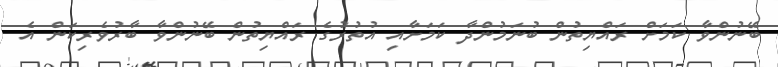
ބޭނުންވާ ކަމަށް ރައްޔިތުން ބުނަމުންދާ ކަމަށާއި އުތުރުގެ ރައްޔިތުން ބޭނުންވާ ބާރުވެރިކަން އެ